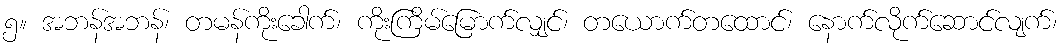
၅။ အဘန်အဘန်၊ တမန်ကိုးခေါက်၊ ကိုးကြိမ်မြောက်လျှင်၊ တယောက်တထောင်၊ နောက်လိုက်ဆောင်လျက်၊